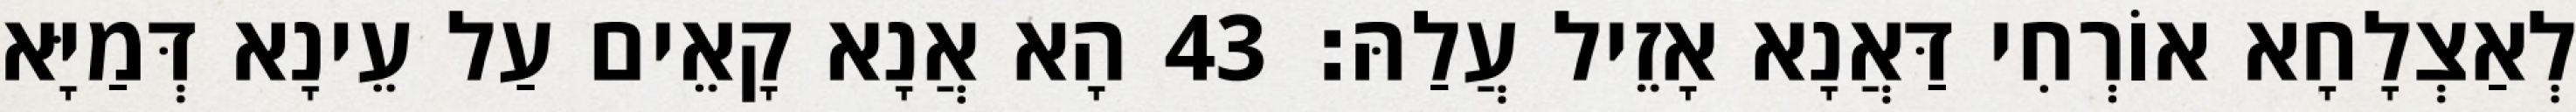
לְאַצְלָחָא אוֹרְחִי דַּאֲנָא אָזֵיל עֲלַהּ׃ 43 הָא אֲנָא קָאֵים עַל עֵינָא דְּמַיָּא